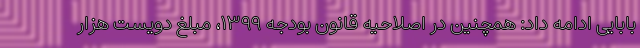
بابایی ادامه داد: همچنین در اصلاحیه قانون بودجه ۱۳۹۹، مبلغ دویست هزار